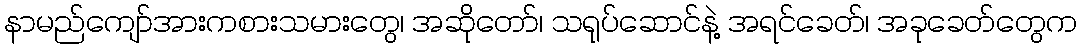
နာမည်ကျော်အားကစားသမားတွေ၊ အဆိုတော်၊ သရုပ်ဆောင်နဲ့ အရင်ခေတ်၊ အခုခေတ်တွေက